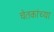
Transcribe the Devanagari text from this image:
चेतकांच्या